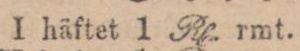
I häftet 1 Rh. rmt.